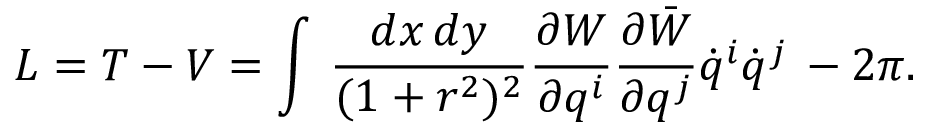
L = T - V = \int \, \frac { d x \, d y } { ( 1 + r ^ { 2 } ) ^ { 2 } } \frac { \partial W } { \partial q ^ { i } } \frac { \partial \bar { W } } { \partial q ^ { j } } \dot { q } ^ { i } \dot { q } ^ { j } \, - 2 \pi .